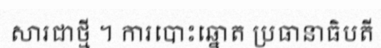
សារជាថ្មី ។ ការបោះឆ្នោត ប្រធានាធិបតី